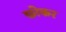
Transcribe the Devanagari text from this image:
छोकर